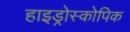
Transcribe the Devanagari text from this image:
हाइड्रोस्कोपिक